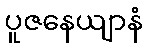
ပူဇနေယျာနံ